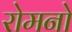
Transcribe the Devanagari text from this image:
रोमनो